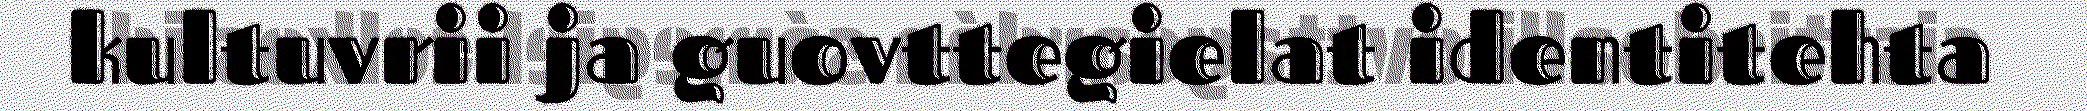
kultuvrii ja guovttegielat identitehta